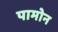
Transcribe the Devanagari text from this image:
पामोन